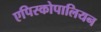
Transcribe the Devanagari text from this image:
एपिस्कोपालियन